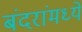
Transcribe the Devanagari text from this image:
बंदरांमध्ये